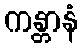
ကန္တာနံ